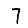
Digit: 7